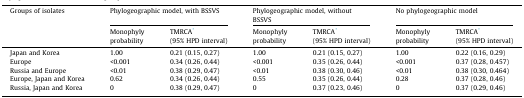
| <ROWSPAN=2> Groups of isolates | <COLSPAN=2> Phylogeographic model, with BSSVS | <COLSPAN=2> Phylogeographic model, without BSSVS | <COLSPAN=2> No phylogeographic model |
 | Monophyly probability | TMRCA⁎ (95% HPD interval) | Monophyly probability | TMRCA⁎ (95% HPD interval) | Monophyly probability | TMRCA⁎ (95% HPD interval) |
 | --- | --- | --- | --- | --- | --- | --- |
 | Japan and Korea | 1.00 | 0.21 (0.15, 0.27) | 1.00 | 0.21 (0.15, 0.27) | 1.00 | 0.22 (0.16, 0.29) |
 | Europe | <0.001 | 0.34 (0.26, 0.44) | <0.001 | 0.35 (0.26, 0.44) | <0.001 | 0.37 (0.28, 0.457) |
 | Russia and Europe | <0.01 | 0.38 (0.29, 0.47) | <0.01 | 0.38 (0.30, 0.46) | <0.01 | 0.38 (0.30, 0.464) |
 | Europe, Japan and Korea | 0.62 | 0.34 (0.26, 0.44) | 0.55 | 0.35 (0.26, 0.44) | 0.28 | 0.37 (0.28, 0.46) |
 | Russia, Japan and Korea | 0 | 0.38 (0.29, 0.47) | 0 | 0.37 (0.23, 0.46) | 0 | 0.37 (0.29, 0.46) |